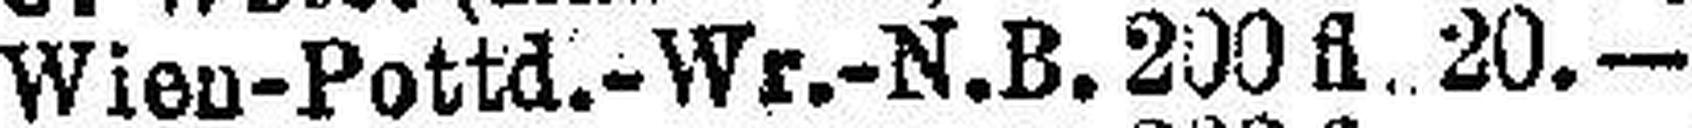
Wien-Pottd.-Wr.-N. B. 200 fl. 20.—